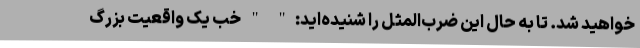
خواهید شد. تا به حال این ضرب‌المثل را شنیده‌اید:" " خب یک واقعیت بزرگ